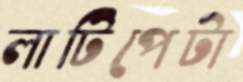
লাটিপেটা